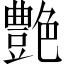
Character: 艶